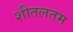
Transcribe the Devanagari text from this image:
शीतलतम